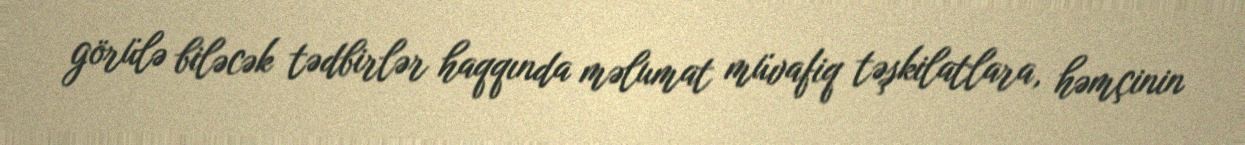
görülə biləcək tədbirlər haqqında məlumat müvafiq təşkilatlara, həmçinin